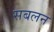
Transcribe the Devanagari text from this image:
सबलन